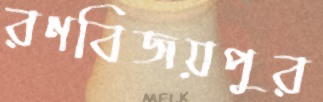
রণবিজয়পুর